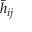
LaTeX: { \bar { h } } _ { i j }